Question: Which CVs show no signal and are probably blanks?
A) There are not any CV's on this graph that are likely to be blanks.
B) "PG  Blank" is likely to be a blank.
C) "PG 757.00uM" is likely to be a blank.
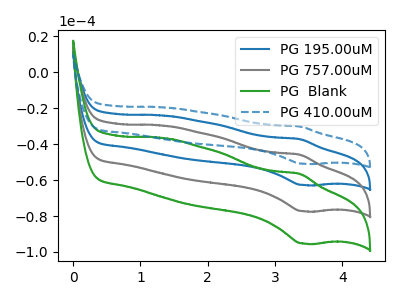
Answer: <think>The blue curve "PG 195.00uM" has an anodic peak at (3.35V, -37.25uA) and a cathodic peak at (3.40V, -62.75uA). The gray curve "PG 757.00uM" has an anodic peak at (3.35V, -74.50uA) and a cathodic peak at (3.40V, -125.50uA). The green curve "PG  Blank" has an anodic peak at (3.35V, -111.75uA) and a cathodic peak at (3.40V, -188.25uA). The blue dashed curve "PG 410.00uM" has an anodic peak at (3.35V, -30.25uA) and a cathodic peak at (3.40V, -50.90uA).</think>
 <answer>A) There are not any CV's on this graph that are likely to be blanks.</answer>
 <eval>A</eval>